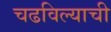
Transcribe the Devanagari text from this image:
चढविल्याची